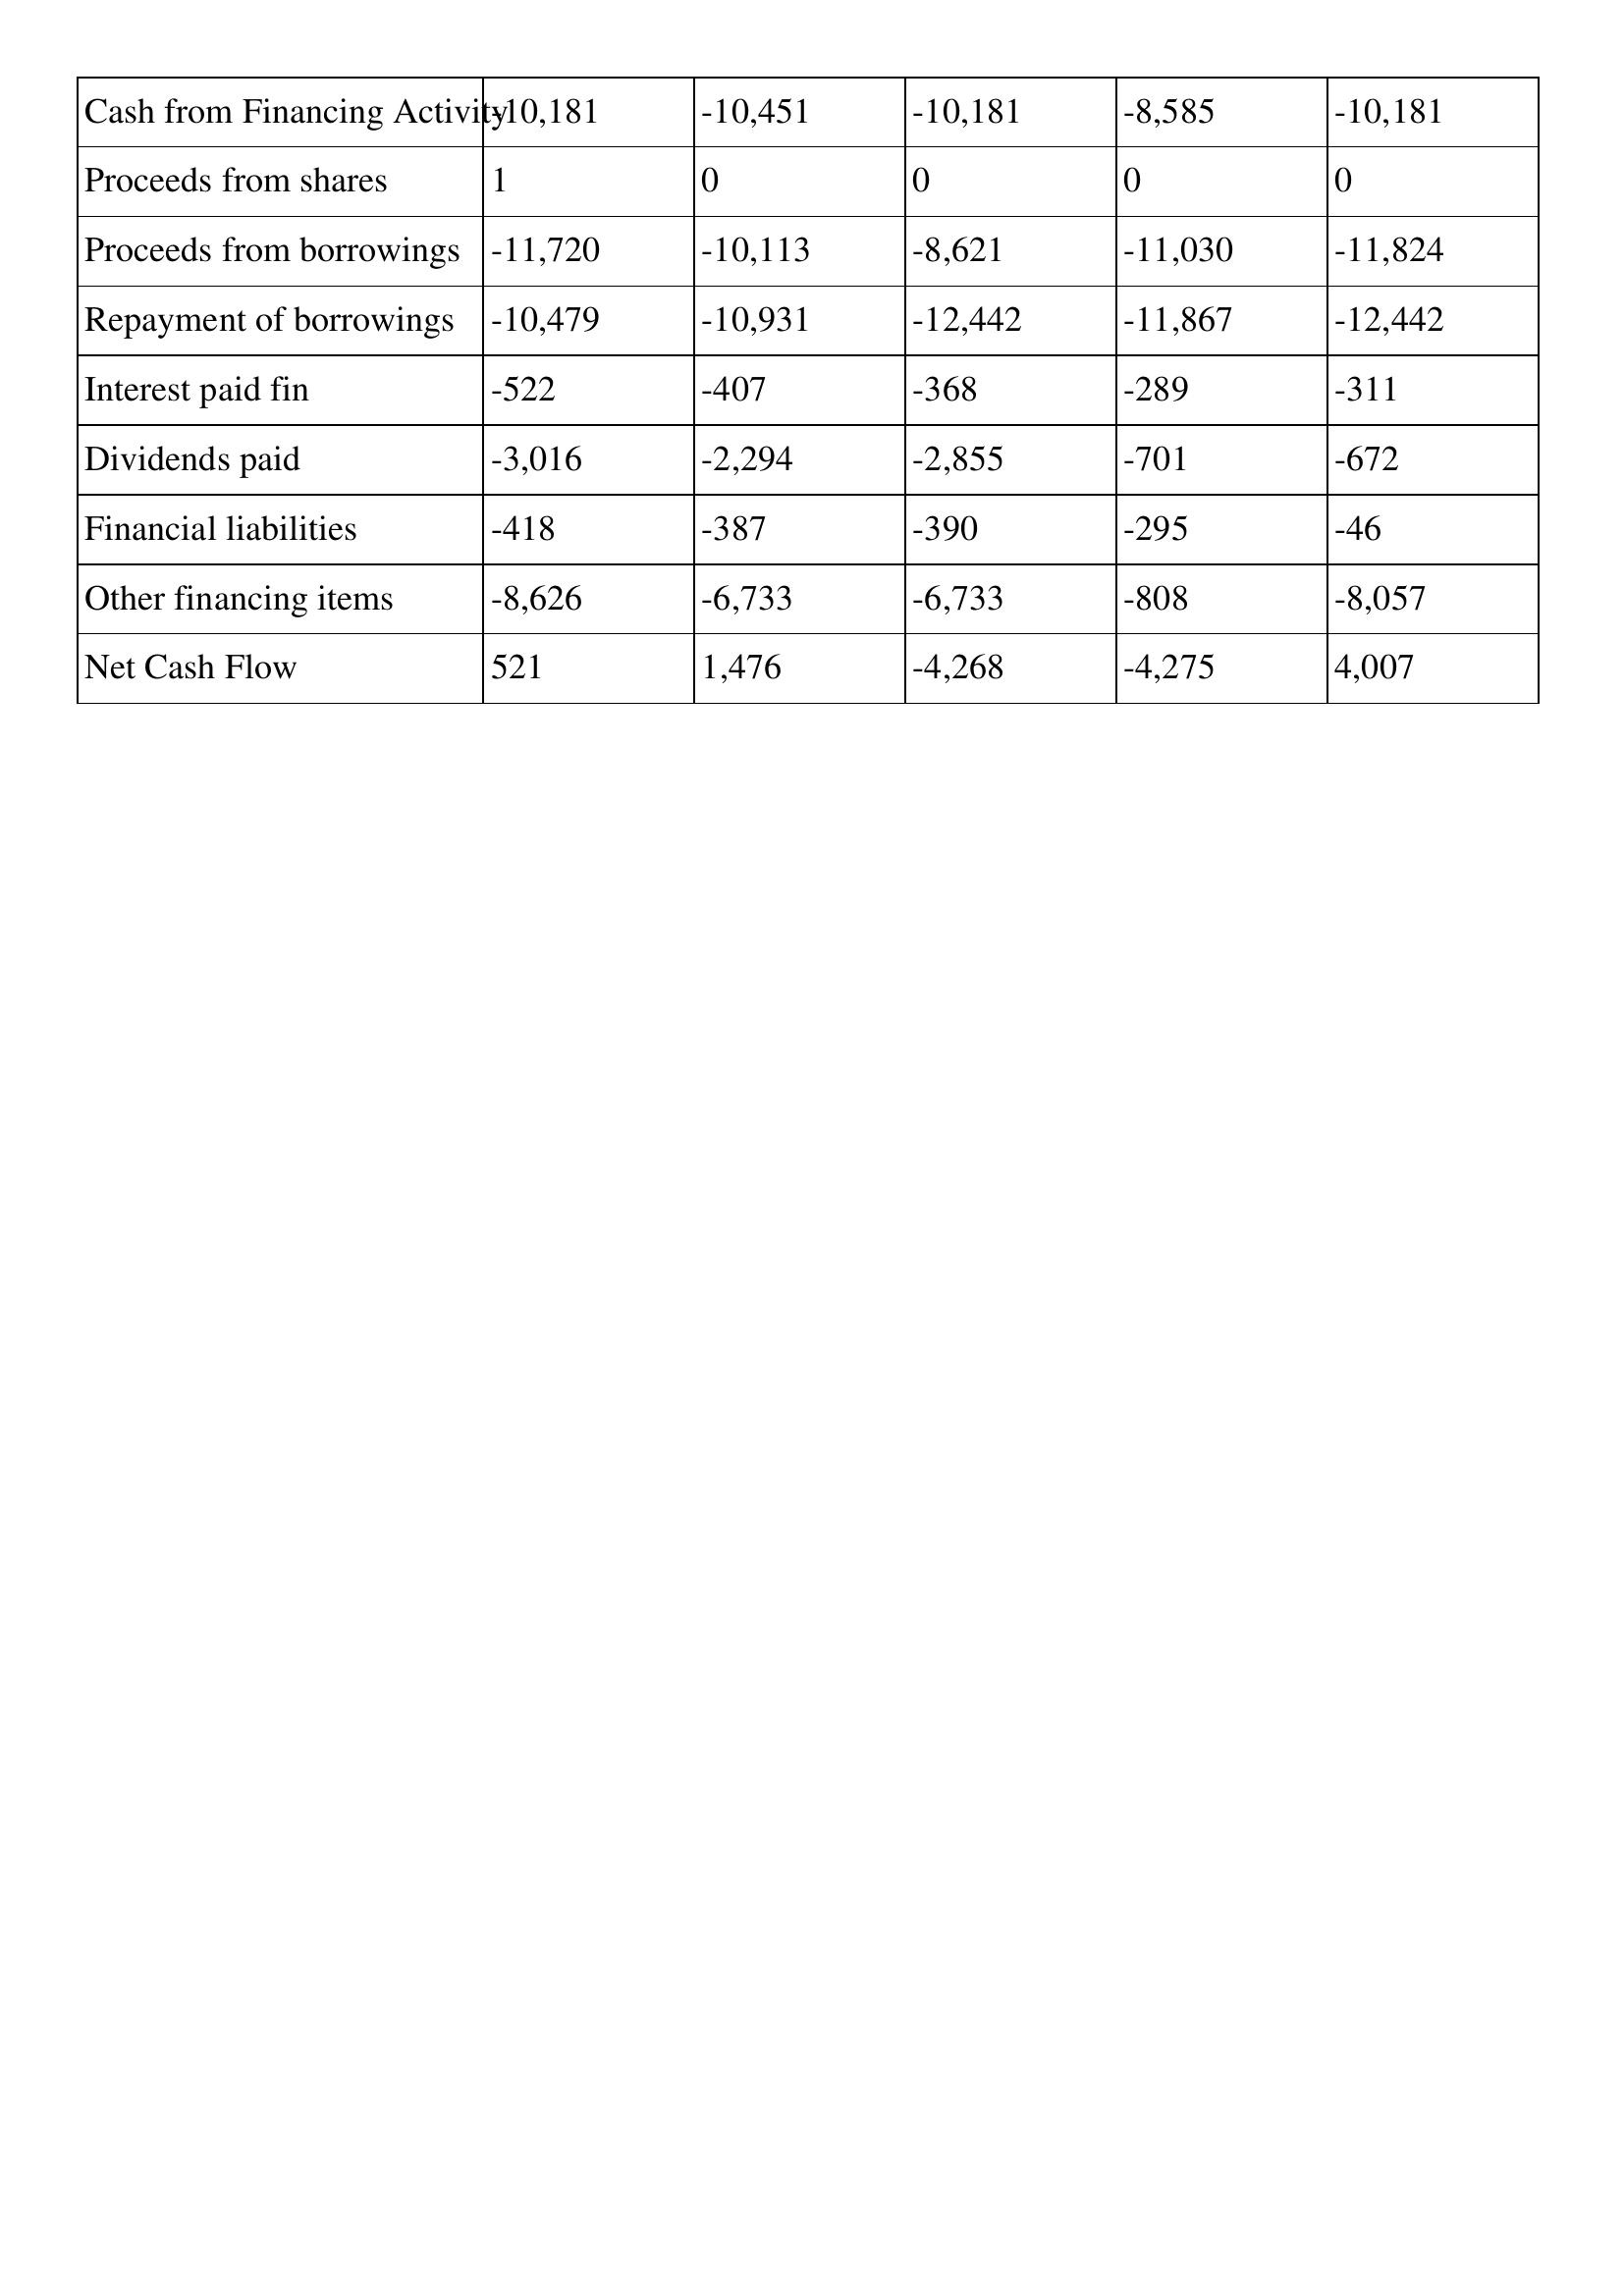
gt_parse: 2021: Cash Flows: Cash from Financing Activity: -10,181
Proceeds from shares: 1
Proceeds from borrowings: -11,720
Repayment of borrowings: -10,479
Interest paid fin: -522
Dividends paid: -3,016
Financial liabilities: -418
Other financing items: -8,626
Net Cash Flow: 521
2020: Cash Flows: Cash from Financing Activity: -10,451
Proceeds from shares: 0
Proceeds from borrowings: -10,113
Repayment of borrowings: -10,931
Interest paid fin: -407
Dividends paid: -2,294
Financial liabilities: -387
Other financing items: -6,733
Net Cash Flow: 1,476
2019: Cash Flows: Cash from Financing Activity: -10,181
Proceeds from shares: 0
Proceeds from borrowings: -8,621
Repayment of borrowings: -12,442
Interest paid fin: -368
Dividends paid: -2,855
Financial liabilities: -390
Other financing items: -6,733
Net Cash Flow: -4,268
2018: Cash Flows: Cash from Financing Activity: -8,585
Proceeds from shares: 0
Proceeds from borrowings: -11,030
Repayment of borrowings: -11,867
Interest paid fin: -289
Dividends paid: -701
Financial liabilities: -295
Other financing items: -808
Net Cash Flow: -4,275
2017: Cash Flows: Cash from Financing Activity: -10,181
Proceeds from shares: 0
Proceeds from borrowings: -11,824
Repayment of borrowings: -12,442
Interest paid fin: -311
Dividends paid: -672
Financial liabilities: -46
Other financing items: -8,057
Net Cash Flow: 4,007